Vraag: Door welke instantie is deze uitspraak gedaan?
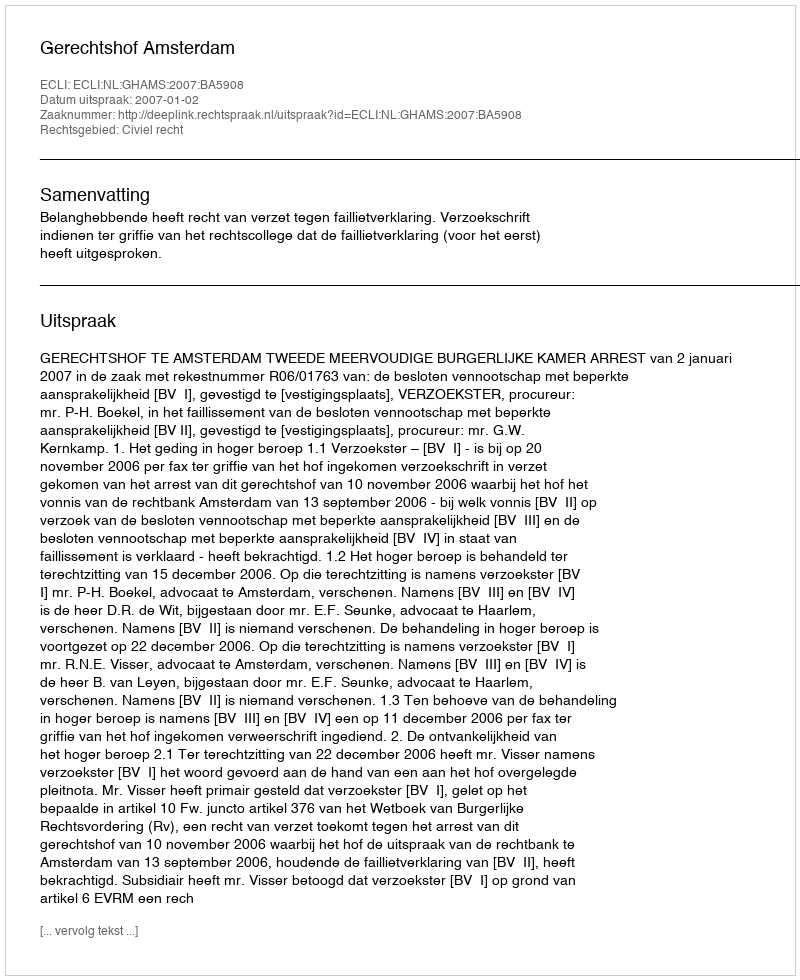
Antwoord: Gerechtshof Amsterdam